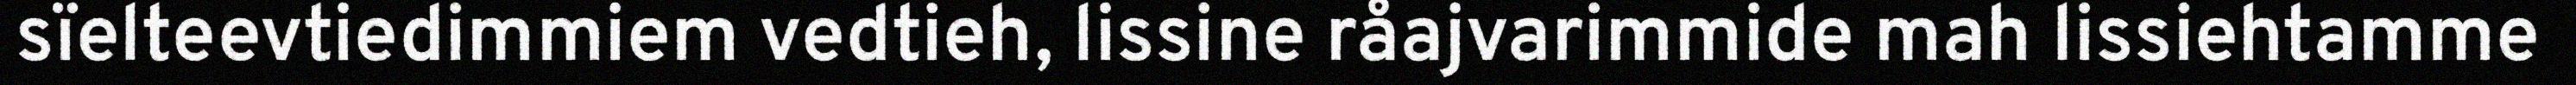
sïelteevtiedimmiem vedtieh, lissine råajvarimmide mah lissiehtamme